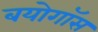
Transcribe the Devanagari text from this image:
बयोगॉस